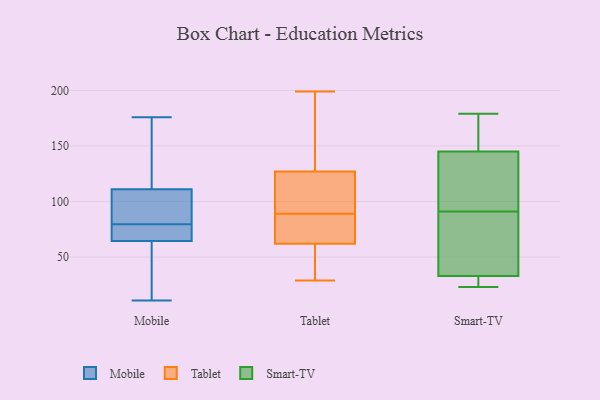
{"axis": {"x": "Demand Index", "y": "Value"}, "legend": ["Mobile", "Smart-TV", "Tablet"], "data": [{"x": "", "y": 176, "type": "Mobile"}, {"x": "", "y": 81, "type": "Mobile"}, {"x": "", "y": 78, "type": "Mobile"}, {"x": "", "y": 97, "type": "Mobile"}, {"x": "", "y": 135, "type": "Mobile"}, {"x": "", "y": 87, "type": "Mobile"}, {"x": "", "y": 125, "type": "Mobile"}, {"x": "", "y": 62, "type": "Mobile"}, {"x": "", "y": 67, "type": "Mobile"}, {"x": "", "y": 68, "type": "Mobile"}, {"x": "", "y": 60, "type": "Mobile"}, {"x": "", "y": 11, "type": "Mobile"}, {"x": "", "y": 112, "type": "Tablet"}, {"x": "", "y": 127, "type": "Tablet"}, {"x": "", "y": 90, "type": "Tablet"}, {"x": "", "y": 29, "type": "Tablet"}, {"x": "", "y": 61, "type": "Tablet"}, {"x": "", "y": 199, "type": "Tablet"}, {"x": "", "y": 155, "type": "Tablet"}, {"x": "", "y": 53, "type": "Tablet"}, {"x": "", "y": 152, "type": "Tablet"}, {"x": "", "y": 62, "type": "Tablet"}, {"x": "", "y": 86, "type": "Tablet"}, {"x": "", "y": 101, "type": "Tablet"}, {"x": "", "y": 88, "type": "Tablet"}, {"x": "", "y": 74, "type": "Tablet"}, {"x": "", "y": 23, "type": "Smart-TV"}, {"x": "", "y": 145, "type": "Smart-TV"}, {"x": "", "y": 179, "type": "Smart-TV"}, {"x": "", "y": 33, "type": "Smart-TV"}, {"x": "", "y": 117, "type": "Smart-TV"}, {"x": "", "y": 145, "type": "Smart-TV"}, {"x": "", "y": 55, "type": "Smart-TV"}, {"x": "", "y": 124, "type": "Smart-TV"}, {"x": "", "y": 25, "type": "Smart-TV"}, {"x": "", "y": 65, "type": "Smart-TV"}]}